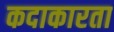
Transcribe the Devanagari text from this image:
कदाकारता